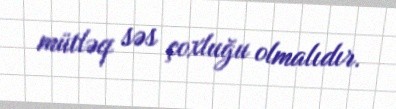
mütləq səs çoxluğu olmalıdır.